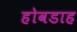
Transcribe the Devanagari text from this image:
होवडाह